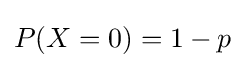
P(X=0)=1-p